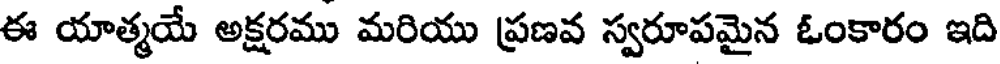
ఈ యాత్మయే అక్షరము మరియు ప్రణవ స్వరూపమైన ఓంకారం ఇది